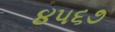
૪૫૬૭